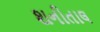
શનીતાલ